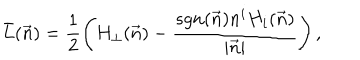
LaTeX: \bar { L } ( \vec { n } ) = \frac { 1 } { 2 } \left( H _ { \perp } ( \vec { n } ) - \frac { s g n ( \vec { n } ) n ^ { i } H _ { i } ( \vec { n } ) } { | \vec { n } | } \right) ,